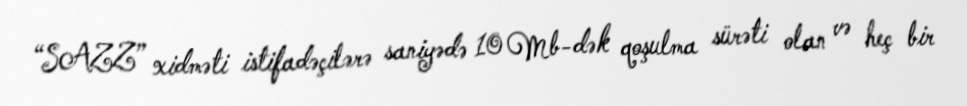
“SAZZ” xidməti istifadəçilərə saniyədə 10 Mb-dək qoşulma sürəti olan və heç bir